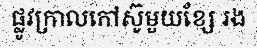
ផ្លូវក្រាលកៅស៊ូមួយខ្សែ រង